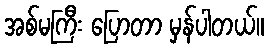
အစ်မကြီး ပြောတာ မှန်ပါတယ်။